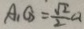
A _ { 1 } G = \frac { \sqrt { 2 } } { 2 } a